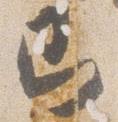
即